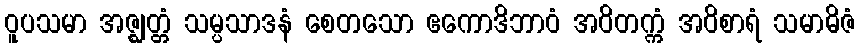
ဝူပသမာ အဇ္ဈတ္တံ သမ္ပသာဒနံ စေတသော ဧကောဒိဘာဝံ အဝိတက္ကံ အဝိစာရံ သမာဓိဇံ